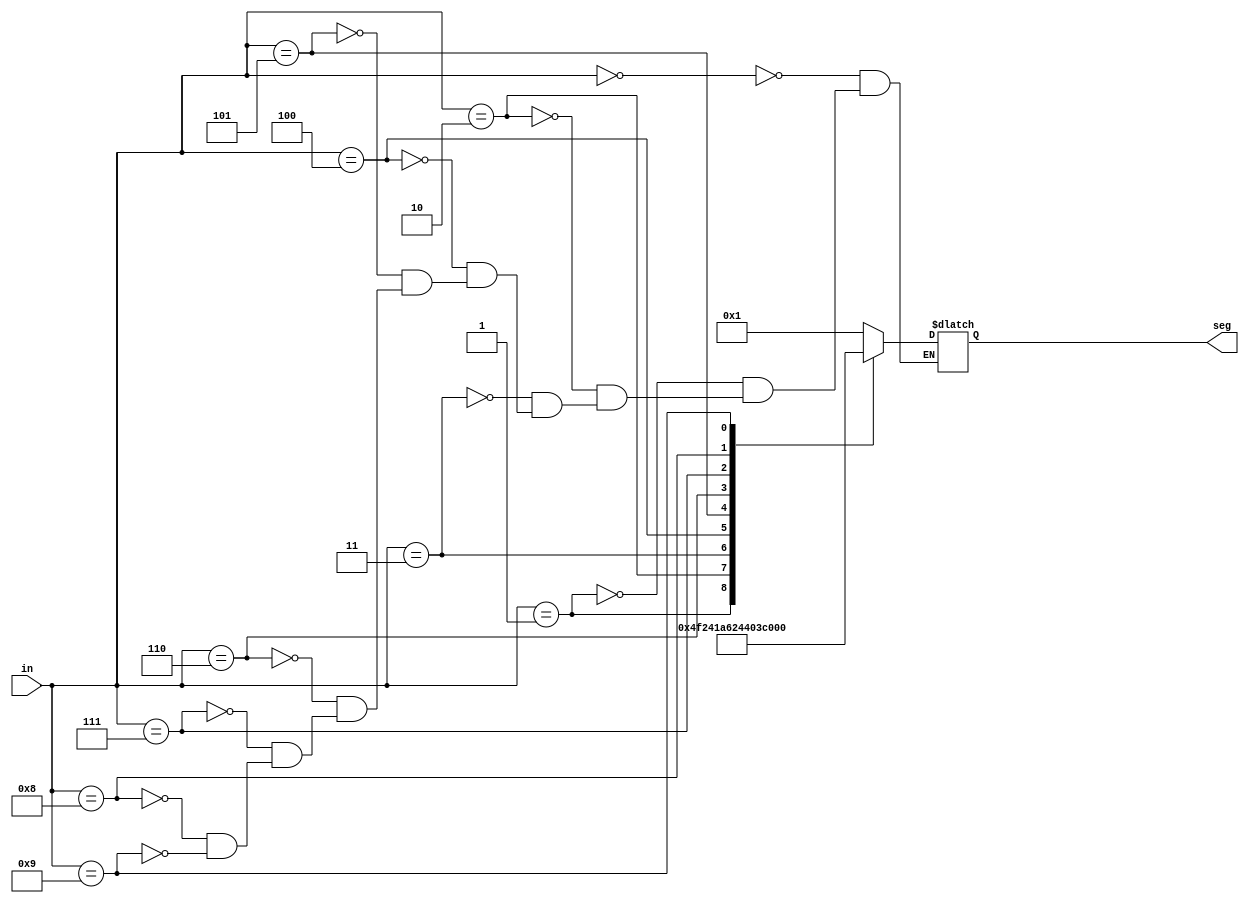
`timescale 1ns / 1ps
//////////////////////////////////////////////////////////////////////////////////
// Company: 
// Engineer: 
// 
// Design Name: 
// Module Name: Decoder_7_segment
// Project Name: 
// Target Devices: 
// Tool Versions: 
// Description: 
// 
// Dependencies: 
// 
// Revision:
// Revision 0.01 - File Created
// Additional Comments:
// 
//////////////////////////////////////////////////////////////////////////////////


module Decoder_7_segment(
    input [3:0] in, // 4 bits going into the segment 
    output reg [6:0] seg // Display BCD number on the 7-segment
    );
    
    always @(in)
    begin
    case (in)
    0: seg=7'b0000001; // "0"
    1: seg=7'b1001111; // "1"
    2: seg=7'b0010010; // "2"
    3: seg=7'b0000110; // "3"
    4: seg=7'b1001100; // "4"
    5: seg=7'b0100100; // "5"
    6: seg=7'b0100000; // "6"
    7: seg=7'b0001111; // "7"
    8: seg=7'b0000000; // "8"
    9: seg=7'b0000100; // "9"
    endcase
    end

    
endmodule